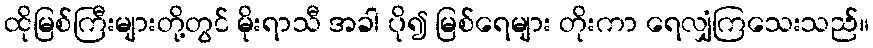
ထိုမြစ်ကြီးများတို့တွင် မိုးရာသီ အခါ ပို၍ မြစ်ရေများ တိုးကာ ရေလျှံကြသေးသည်။